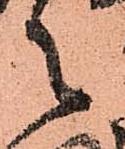
々